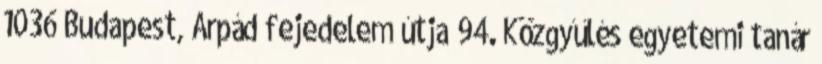
1036 Budapest, Árpád fejedelem útja 94. Közgyűlés egyetemi tanár